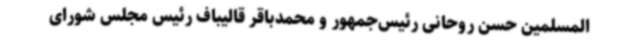
المسلمین حسن روحانی رئیس‌جمهور و محمدباقر قالیباف رئیس مجلس شورای